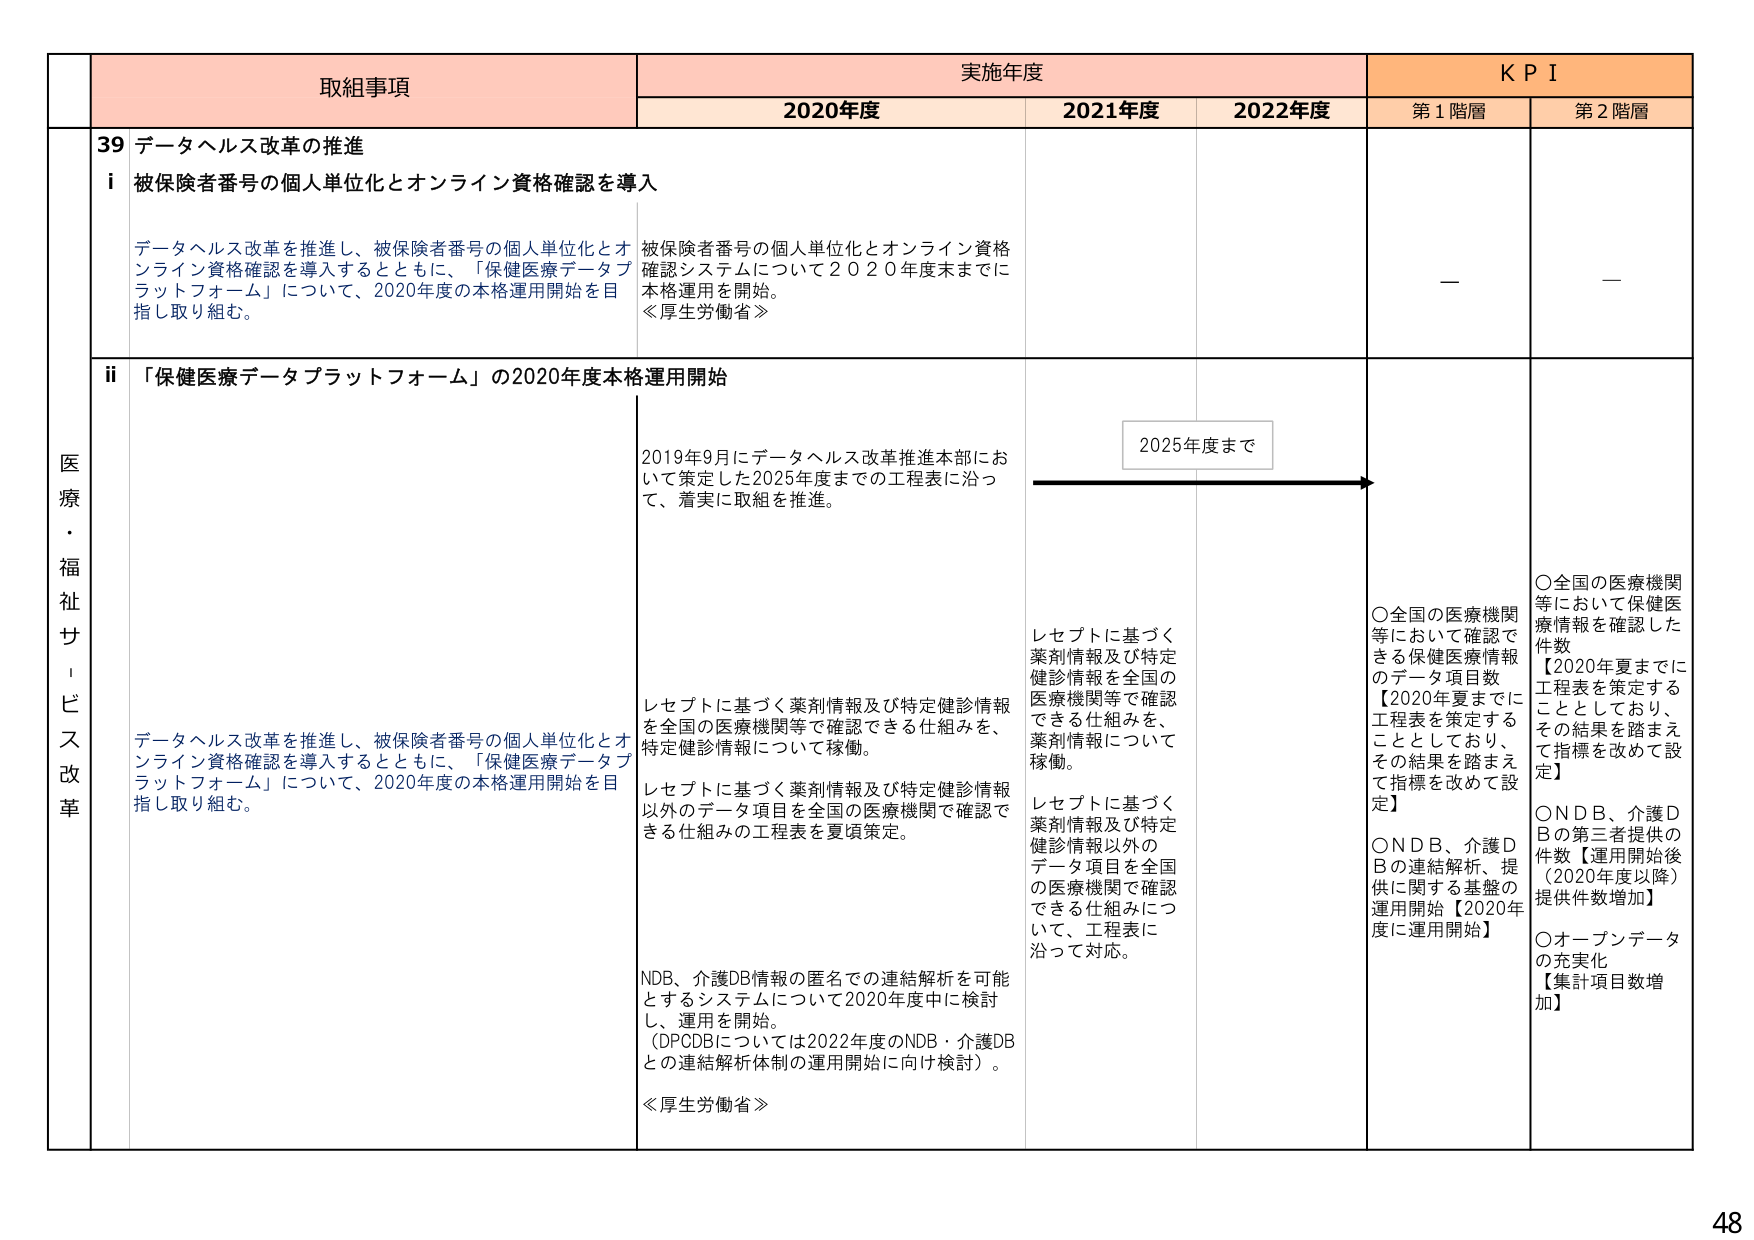
医療・福祉サービス改革

取組事項
実施年度
KPI

2020年度
2021年度
2022年度
第1階層
第2階層

39 データヘルス改革の推進

i 被保険者番号の個人単位化とオンライン資格確認を導入

データヘルス改革を推進し、被保険者番号の個人単位化とオンライン資格確認を導入するとともに、「保健医療データプラットフォーム」について、2020年度の本格運用開始を目指し取り組む。

被保険者番号の個人単位化とオンライン資格確認システムについて2020年度末までに本格運用を開始。
≪厚生労働省≫

—

—

ii 「保健医療データプラットフォーム」の2020年度本格運用開始

データヘルス改革を推進し、被保険者番号の個人単位化とオンライン資格確認を導入するとともに、「保健医療データプラットフォーム」について、2020年度の本格運用開始を目指し取り組む。

2019年9月にデータヘルス改革推進本部において策定した2025年度までの工程表に沿って、着実に取組を推進。

レセプトに基づく薬剤情報及び特定健診情報を全国の医療機関等で確認できる仕組みを、特定健診情報について稼働。

レセプトに基づく薬剤情報及び特定健診情報以外のデータ項目を全国の医療機関で確認できる仕組みの工程表を夏頃策定。

NDB、介護DB情報の匿名での連結解析を可能とするシステムについて2020年度中に検討し、運用を開始。
（DPCDBについては2022年度のNDB・介護DBとの連結解析体制の運用開始に向け検討）。
≪厚生労働省≫

レセプトに基づく薬剤情報及び特定健診情報を全国の医療機関等で確認できる仕組みを、薬剤情報について稼働。

レセプトに基づく薬剤情報及び特定健診情報以外のデータ項目を全国の医療機関で確認できる仕組みについて、工程表に沿って対応。

2025年度まで

○全国の医療機関等において確認できる保健医療情報のデータ項目数
【2020年夏までに工程表を策定することとしており、その結果を踏まえて指標を改めて設定】

○NDB、介護DBの連結解析、提供に関する基盤の運用開始【2020年度に運用開始】

○全国の医療機関等において保健医療情報を確認した件数
【2020年夏までに工程表を策定することとしており、その結果を踏まえて指標を改めて設定】

○NDB、介護DBの第三者提供の件数【運用開始後（2020年度以降）提供件数増加】

○オープンデータの充実化
【集計項目数増加】

48